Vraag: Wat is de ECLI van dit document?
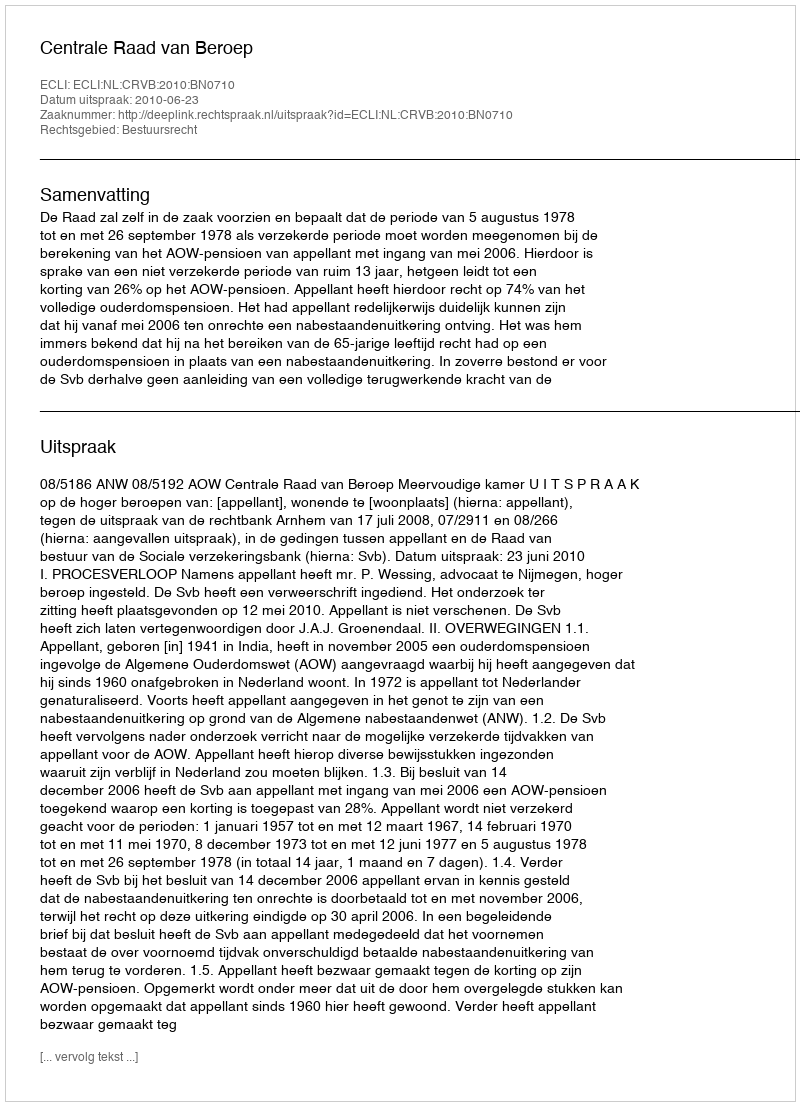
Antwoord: ECLI:NL:CRVB:2010:BN0710